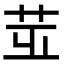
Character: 𦭢